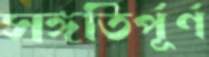
সঙ্গতির্পূর্ণ